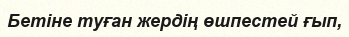
Бетіне туған жердің өшпестей ғып,